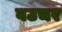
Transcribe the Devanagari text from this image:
बउचर